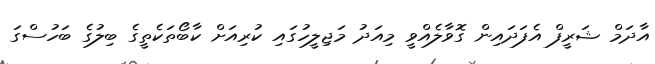
އާދަމް ޝަރީފް އެފަދައިން ގޮވާލެއްވީ މިއަދު މަޖިލީހުގައި ކުރިއަށް ކާބޯތަކެތީގެ ބިލުގެ ބަހުސްގަ